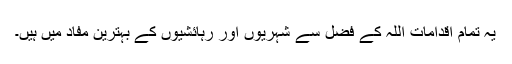
یہ تمام اقدامات اللہ کے فضل سے شہریوں اور رہائشیوں کے بہترین مفاد میں ہیں۔